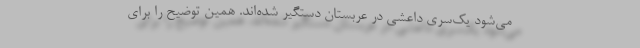
می‌شود یک‌سری داعشی در عربستان دستگیر شده‌اند. همین توضیح را برای